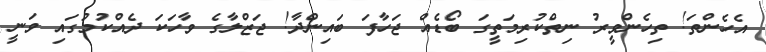
އެހެންތަ! ތިހެންވީރު ނިތްކުރިމަތީގަ ބޯޑެއް ޖަހާފަ ބައިންދާ! ޖަޒްލާގެ ވާހަކަ ދެއްކުމުގައި ވަނީ